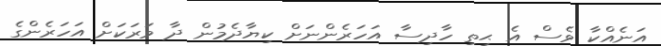
އަނެއްކާ ވެސް އެ ޙިތި ހާދިސާ އަހަރެންނަށް ކިޔާދެމުން ދާ ވަރަކަށް އަހަރެންގެ